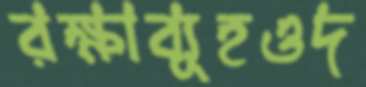
রক্ষাব্যূহওদ